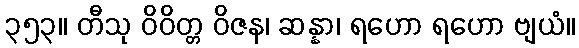
၃၅၃။ တီသု ဝိဝိတ္တ ဝိဇန၊ ဆန္နာ၊ ရဟော ရဟော ဗျယံ။